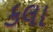
કલા